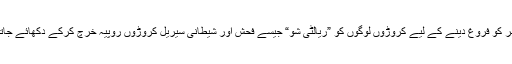
اس کلچر کو فروغ دینے کے لیے کروڑوں لوگوں کو ”ریالٹی شو“ جیسے فحش اور شیطانی سیریل کروڑوں روپیہ خرچ کرکے دکھائے جاتے ہیں۔